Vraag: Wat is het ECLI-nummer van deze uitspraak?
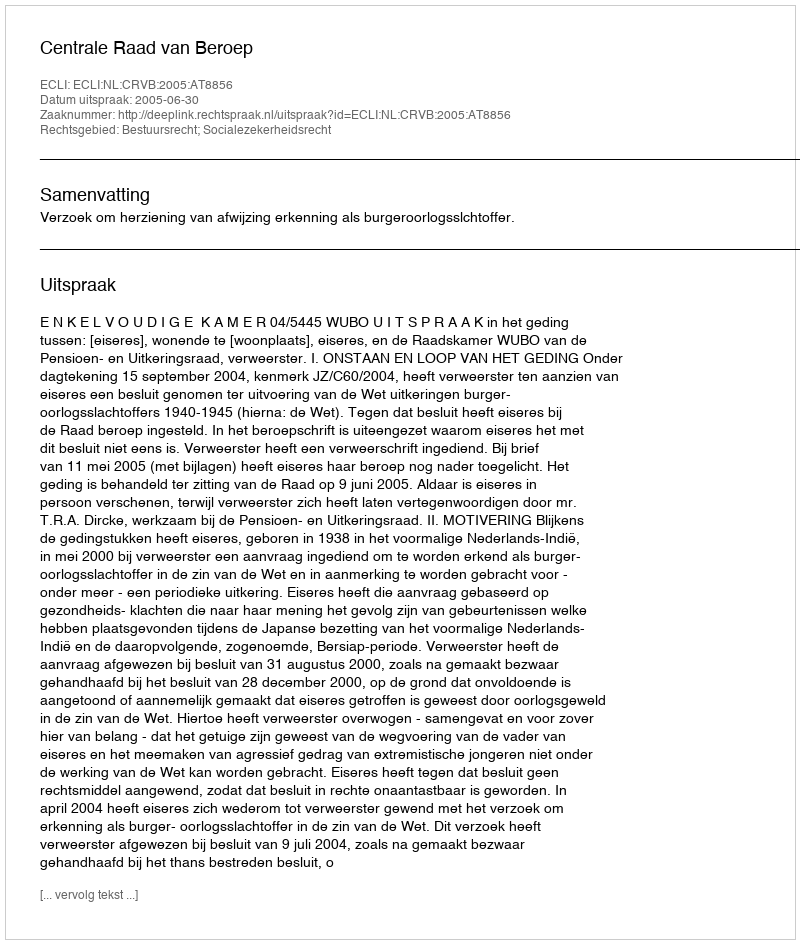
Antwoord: ECLI:NL:CRVB:2005:AT8856